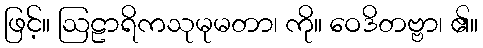
ဖြင့်။ ဩဠာရိကသုမုမတာ၊ ကို။ ဝေဒိတဗ္ဗာ၊ ၏။